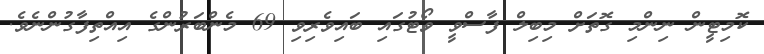
ކޮމިޓީން ނިންމި ގޮތަށް މިބިލް ފާސްވީ ވޯޓުގައި ބައިވެރިވި 69 މެންބަރުންގެ އިއްތިފާގުންނެވެ.